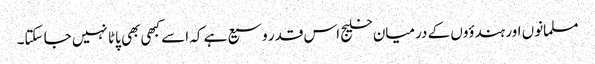
مسلمانوں اور ہندؤوں کے درمیان خلیج اس قدر وسیع ہے کہ اسے کبھی بھی پاٹا نہیں جا سکتا۔